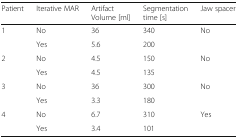
<table><thead><tr><td><b>Patient</b></td><td><b>Iterative MAR</b></td><td><b>Artifact Volume [ml]</b></td><td><b>Segmentation time [s]</b></td><td><b>Jaw spacer</b></td></tr></thead><tbody><tr><td rowspan="2">1</td><td>No</td><td>36</td><td>340</td><td rowspan="2">No</td></tr><tr><td>Yes</td><td>5.6</td><td>200</td></tr><tr><td rowspan="2">2</td><td>No</td><td>4.5</td><td>150</td><td rowspan="2">No</td></tr><tr><td>Yes</td><td>4.5</td><td>135</td></tr><tr><td rowspan="2">3</td><td>No</td><td>36</td><td>300</td><td rowspan="2">No</td></tr><tr><td>Yes</td><td>3.3</td><td>180</td></tr><tr><td rowspan="2">4</td><td>No</td><td>6.7</td><td>310</td><td rowspan="2">Yes</td></tr><tr><td>Yes</td><td>3.4</td><td>101</td></tr></tbody></table>